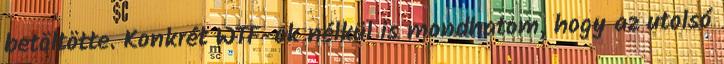
betöltötte. Konkrét WTF-ok nélkül is mondhatom, hogy az utolsó